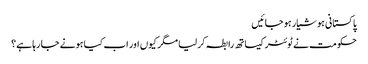
پاکستانی ہوشیار ہو جائیں
حکومت نے ٹوئٹر کیساتھ رابطہ کر لیا مگر کیوں اور اب کیا ہونے جا رہا ہے؟